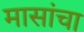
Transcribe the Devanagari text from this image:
मासांचा